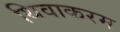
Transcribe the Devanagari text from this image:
थिवाकरम